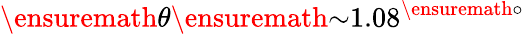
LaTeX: \ensuremath{\theta}\ensuremath{\sim}1.{08}^{\ensuremath{\circ}}